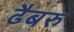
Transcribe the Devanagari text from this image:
ढैबरु